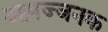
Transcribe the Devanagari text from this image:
आपज्जनक